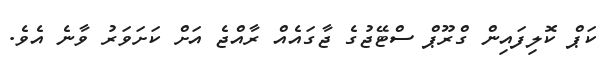
ކަޕް ކޮލިފައިން ގްރޫޕް ސްޓޭޖުގެ ޖާގައެއް ރާއްޖެ އަށް ކަށަވަރު ވާނެ އެވެ.